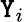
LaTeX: \mathtt{Y}_{i}